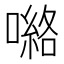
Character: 𭊽